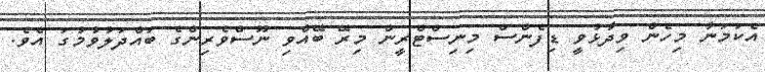
އެކަމަނާ މިހެން ވިދާޅުވީ ޑިފެންސް މިނިސްޓްރީން މިރޭ ބޭއްވި ނޫސްވެރިންގެ ބައްދަލުވުމުގަ އެވެ.